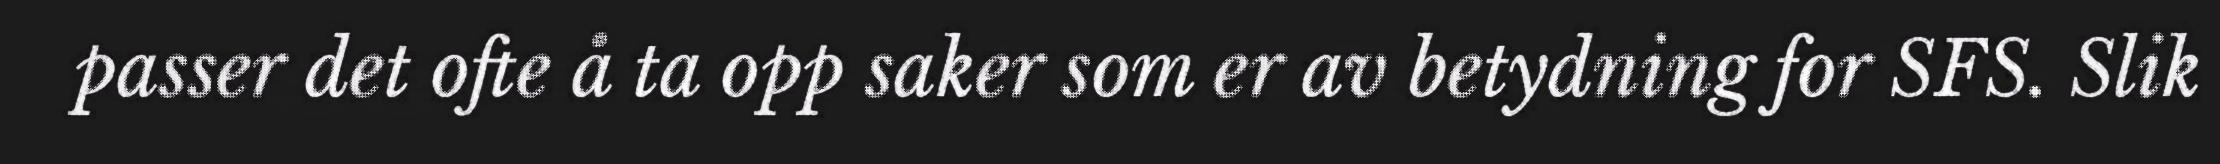
passer det ofte å ta opp saker som er av betydning for SFS. Slik